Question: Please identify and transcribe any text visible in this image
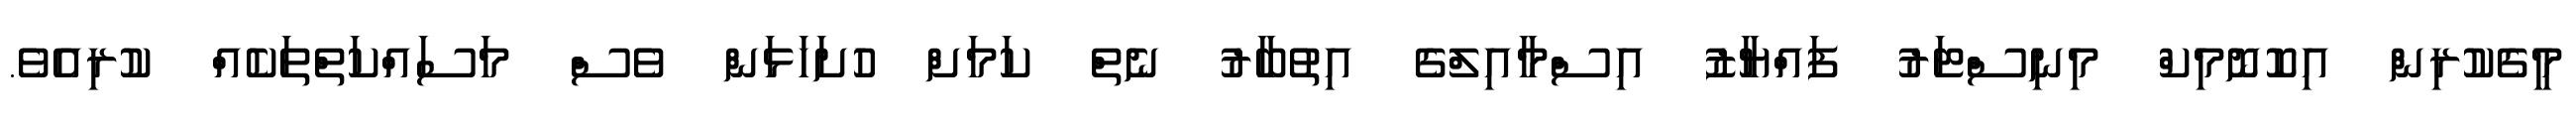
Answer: މީގެކުރިން އިކޮނޮމިކް މިނިސްޓަރު ފައްޔާޒު އިސްމާއިލްގެ އިތުބާރު ނެތް ކަމަށް ހުށަހަޅަން ވެސް މަސައްކަތްތަކެއް ކުރިއެވެ.